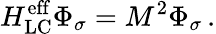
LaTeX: H_{\mathrm{LC}}^{\mathrm{eff}}\Phi_{\sigma}=M^{2}\Phi_{\sigma}\, .